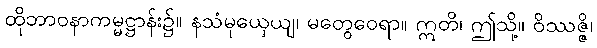
ထိုဘာဝနာကမ္မဋ္ဌာန်း၌။ နသံမုယှေယျ၊ မတွေဝေရာ။ ဣတိ၊ ဤသို့။ ဝိဿဇ္ဇိ၊